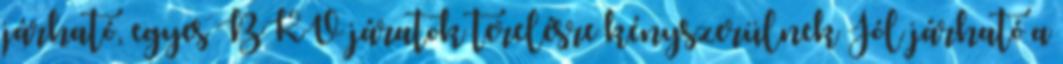
járható, egyes BKV járatok terelésre kényszerülnek Jól járható a